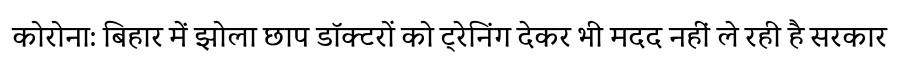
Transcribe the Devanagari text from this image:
कोरोना: बिहार में झोला छाप डॉक्टरों को ट्रेनिंग देकर भी मदद नहीं ले रही है सरकार